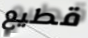
قطيع